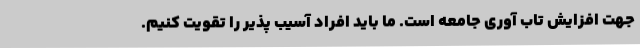
جهت افزایش تاب آوری جامعه است. ما باید افراد آسیب پذیر را تقویت کنیم.